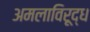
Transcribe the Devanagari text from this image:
अमलाविरूद्ध